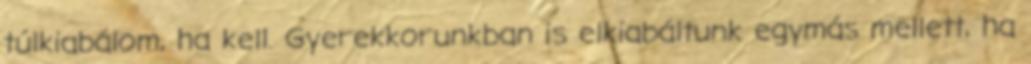
túlkiabálom, ha kell. Gyerekkorunkban is elkiabáltunk egymás mellett, ha